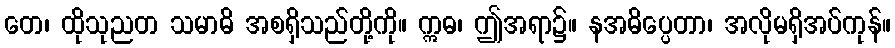
တေ၊ ထိုသုညတ သမာဓိ အစရှိသည်တို့ကို။ ဣဓ၊ ဤအရာ၌။ နအဓိပ္ပေတာ၊ အလိုမရှိအပ်ကုန်။